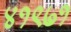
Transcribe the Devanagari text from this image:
४१९७१